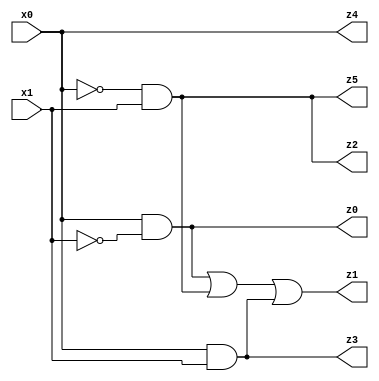
// Benchmark "X_34" written by ABC on Thu Jun 08 01:41:17 2023

module X_34 ( 
    x0, x1,
    z0, z1, z2, z3, z4, z5  );
  input  x0, x1;
  output z0, z1, z2, z3, z4, z5;
  assign z0 = x0 & ~x1;
  assign z1 = (x0 & ~x1) | (~x0 & x1) | (x0 & x1);
  assign z2 = ~x0 & x1;
  assign z3 = x0 & x1;
  assign z4 = x1 ? x0 : x0;
  assign z5 = ~x0 & x1;
endmodule